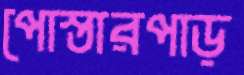
পোস্তারপাড়